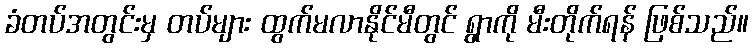
ခံတပ်အတွင်းမှ တပ်များ ထွက်မလာနိုင်မီတွင် ရွာကို မီးတိုက်ရန် ဖြစ်သည်။